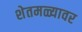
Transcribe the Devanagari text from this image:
शेतमळ्यावर